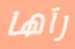
رآها